Problem: 56 + 54 = ?
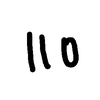
Handwritten answer: 110